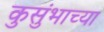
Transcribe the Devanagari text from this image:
कुसुंभाच्या